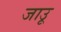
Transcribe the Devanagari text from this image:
जाउू